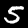
Digit: 5